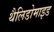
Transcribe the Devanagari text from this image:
थैलिडोमाइड